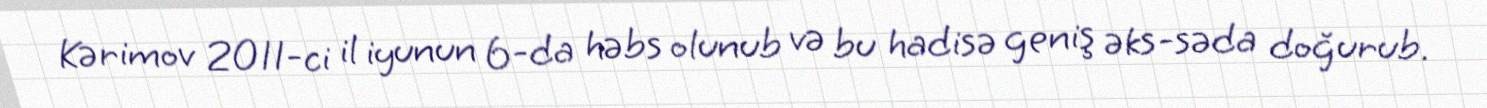
Kərimov 2011-ci il iyunun 6-da həbs olunub və bu hadisə geniş əks-səda doğurub.